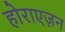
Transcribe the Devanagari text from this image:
होराएज़न